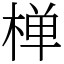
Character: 椫